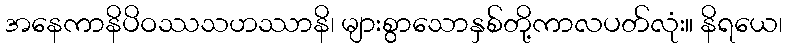
အနေကာနိပိဝဿသဟဿာနိ၊ များစွာသောနှစ်တို့ကာလပတ်လုံး။ နိရယေ၊